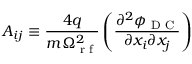
A _ { i j } \equiv \frac { 4 q } { m \Omega _ { \textrm { r f } } ^ { 2 } } \left( \frac { \partial ^ { 2 } \phi _ { \textrm { D C } } } { \partial x _ { i } \partial x _ { j } } \right)